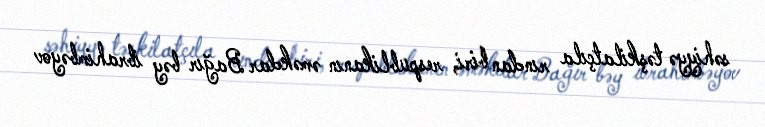
səhiyyə təşkilatçıla rından biri, respublikanın əməkdar Bağır bəy ibrahimbəyov